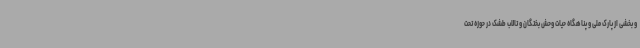
و بخشی از پارک ملی و پناهگاه حیات وحش بختگان و تالاب طشک در حوزه تحت